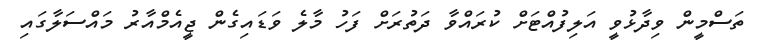
ތަސްމީން ވިދާޅުވީ އަލިފުއްޓަށް ކުރައްވާ ދަތުރަށް ފަހު މާލެ ވަޑައިގެން ޖީއެމްއާރު މައްސަލާގައި